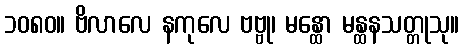
၁၀၈၀။ ဗိလာလေ နကုလေ ဗဗ္ဗု၊ မန္ထော မန္ထနသတ္တုသု။